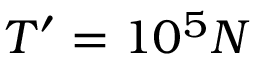
T ^ { \prime } = 1 0 ^ { 5 } N